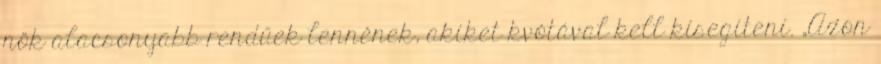
nők alacsonyabb rendűek lennének, akiket kvótával kell kisegíteni. „Azon